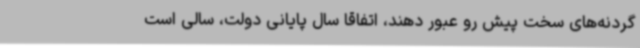
گردنه‌های سخت پیش رو عبور دهند، اتفاقاً سال پایانی دولت، سالی است